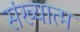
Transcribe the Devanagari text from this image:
संख्यात्म